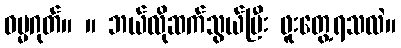
ဓမ္မဂုတ်။ ။ ဘယ်လိုဆက်သွယ်ပြီး ဖူးတွေ့ရသလဲ။